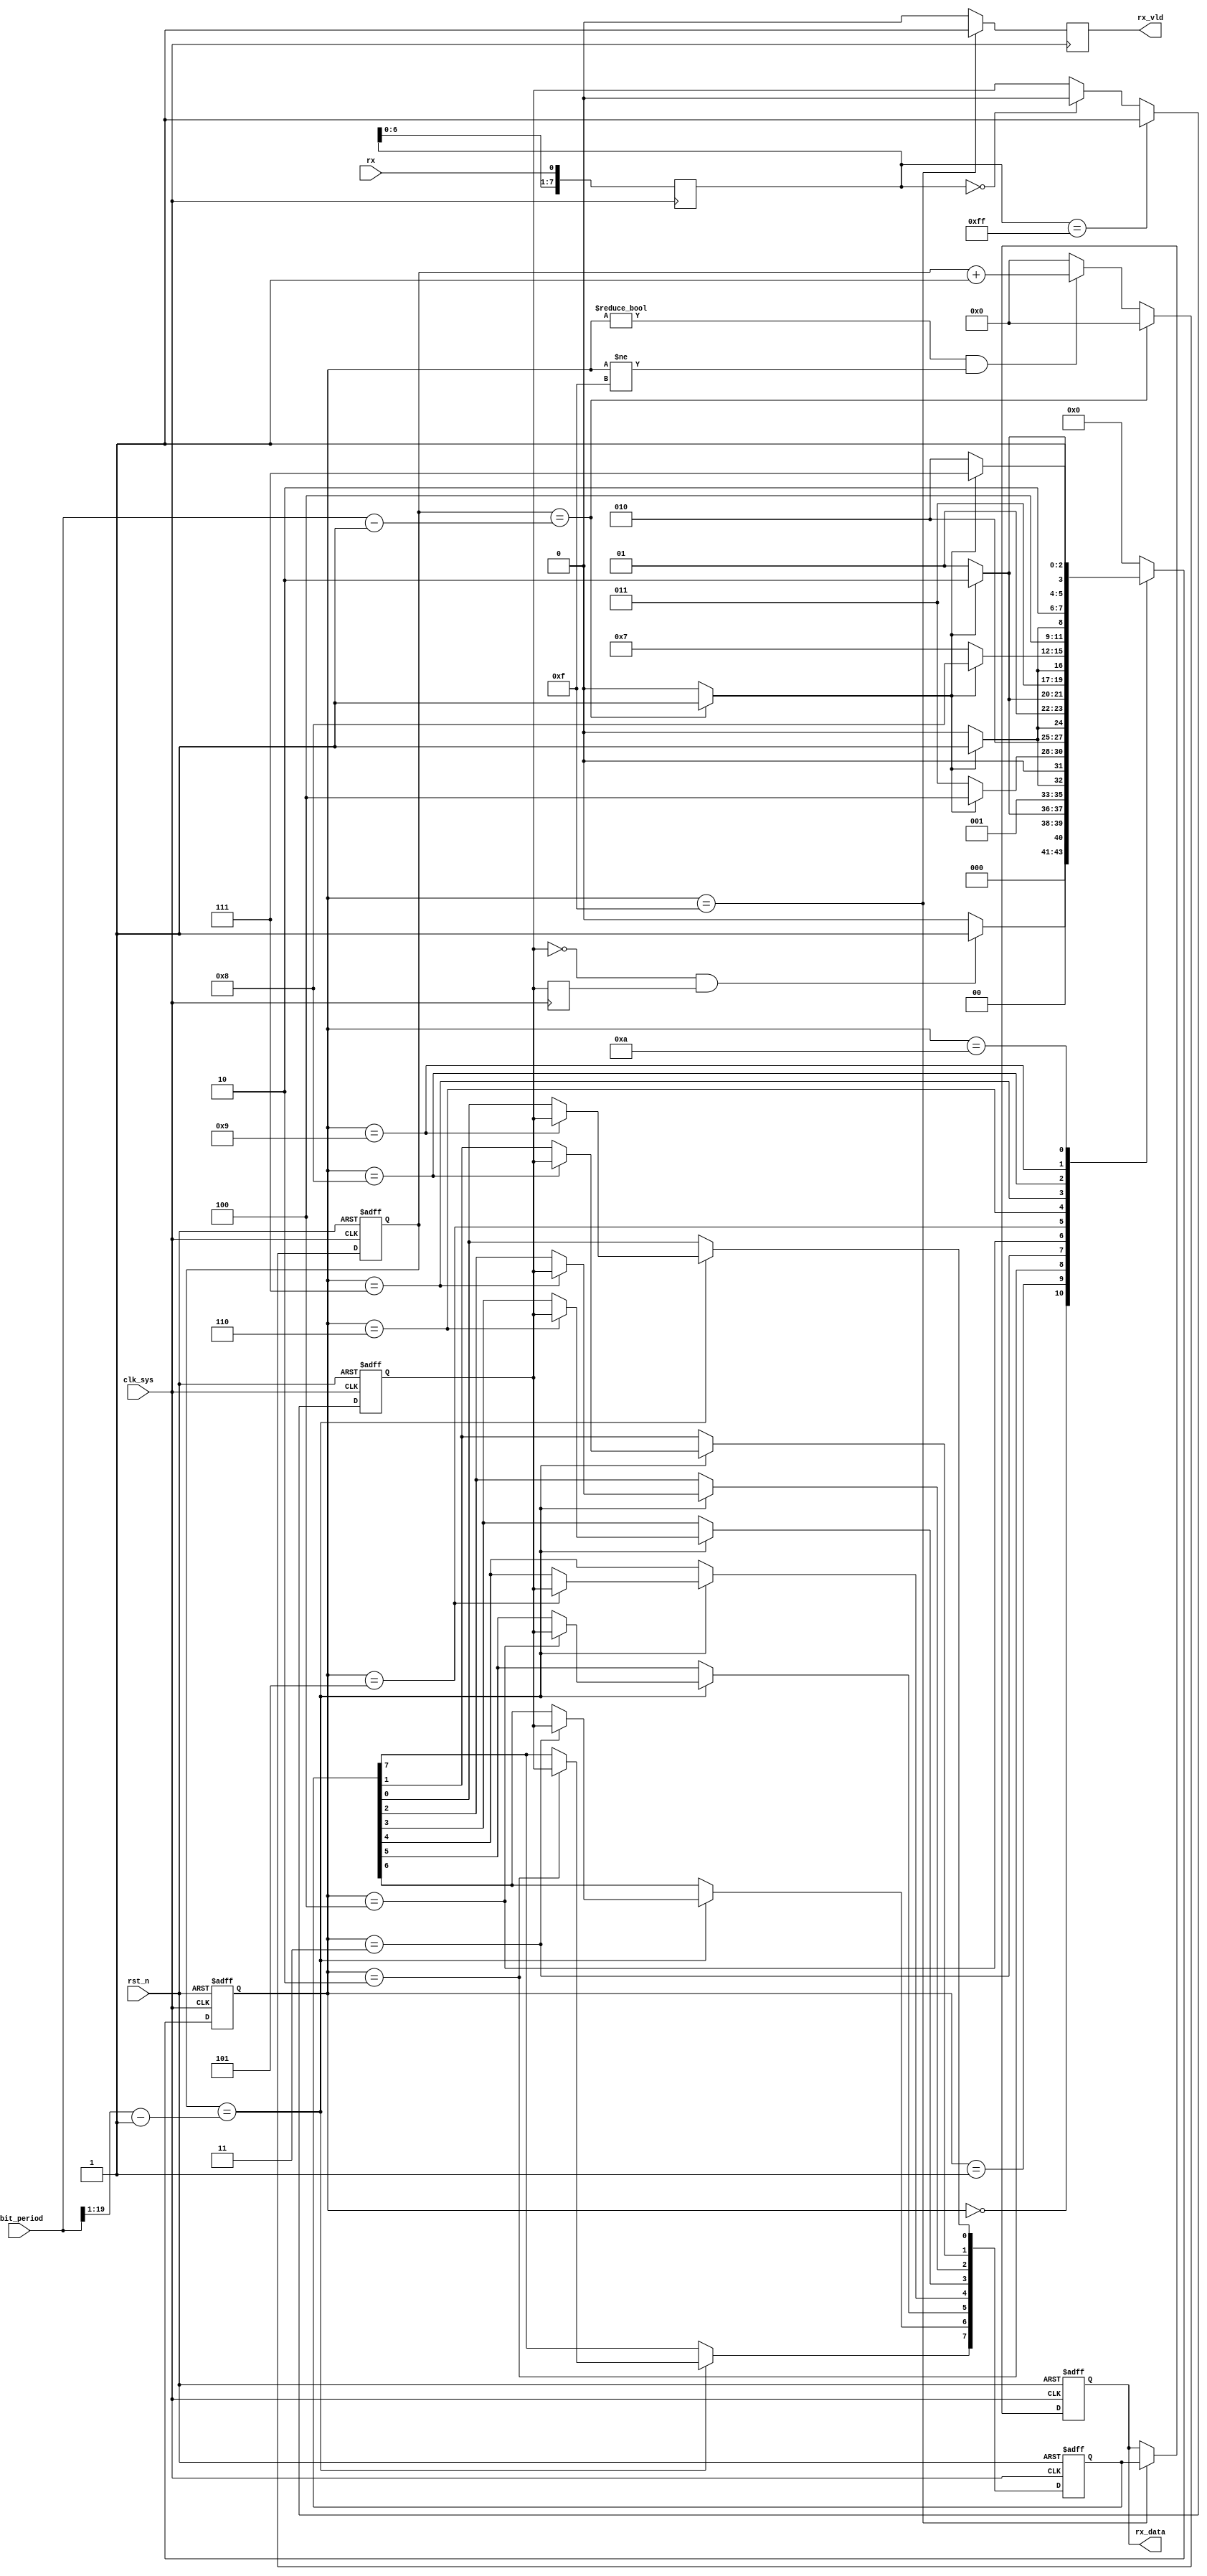
//rx_inf.v

module rx_inf(
rx,
tbit_period,
rx_vld,
rx_data,
//clk rst
clk_sys,
rst_n
);
input 				rx;
input  [19:0]	tbit_period;
output 				rx_vld;
output [7:0]	rx_data;
//clk rst
input clk_sys;
input rst_n;

//----------------------------------
//----------------------------------

//--------- rx prepare ---------
reg [7:0]	rx_reg;
always @ (posedge clk_sys) 
	rx_reg <= {rx_reg[6:0],rx};

reg rx_real;
always @ (posedge clk_sys or negedge rst_n)	begin
	if(~rst_n)
		rx_real <= 1'b1;
	else if(rx_reg == 8'hff)
		rx_real <= 1'b1;
	else if(rx_reg == 8'h0)
		rx_real <= 1'b0;
	else ;
end
reg rx_real_reg;
always @(posedge clk_sys)
	rx_real_reg <= rx_real;


//---------- main FSM ----------
parameter S_IDLE = 4'h0;
parameter S_START = 4'h1;
parameter S_S7 = 4'h2;
parameter S_S6 = 4'h3;
parameter S_S5 = 4'h4;
parameter S_S4 = 4'h5;
parameter S_S3 = 4'h6;
parameter S_S2 = 4'h7;
parameter S_S1 = 4'h8;
parameter S_S0 = 4'h9;
parameter S_STOP = 4'ha;
parameter S_DONE = 4'hf;
reg [3:0] st_rx_phy;
wire rx_falling;
wire finish_bit;
always @ (posedge clk_sys or negedge rst_n)	begin
	if(~rst_n)
		st_rx_phy <= S_IDLE;
	else begin
		case (st_rx_phy)
			S_IDLE : st_rx_phy <= rx_falling ? S_START : S_IDLE;
			S_START: st_rx_phy <= finish_bit ? S_S7 : S_START;
			S_S7	 : st_rx_phy <= finish_bit ? S_S6 : S_S7;
			S_S6	 : st_rx_phy <= finish_bit ? S_S5 : S_S6;
			S_S5	 : st_rx_phy <= finish_bit ? S_S4 : S_S5;
			S_S4	 : st_rx_phy <= finish_bit ? S_S3 : S_S4;
			S_S3	 : st_rx_phy <= finish_bit ? S_S2 : S_S3;
			S_S2	 : st_rx_phy <= finish_bit ? S_S1 : S_S2;
			S_S1	 : st_rx_phy <= finish_bit ? S_S0 : S_S1;
			S_S0	 : st_rx_phy <= finish_bit ? S_STOP : S_S0;
			S_STOP : st_rx_phy <= finish_bit ? S_DONE : S_STOP;
			S_DONE : st_rx_phy <= S_IDLE;
			default : st_rx_phy <= S_IDLE;
		endcase
	end
end
wire send_bit = (st_rx_phy != S_IDLE) & (st_rx_phy != S_DONE);


//--------- FSM finish_bit ----------
assign rx_falling = (~rx_real) & rx_real_reg;

reg [19:0] cnt_cycle;
always @(posedge clk_sys or negedge rst_n)	begin
	if(~rst_n)
		cnt_cycle <= 20'h0;
	else if(cnt_cycle == (tbit_period - 20'h1))
		cnt_cycle <= 20'h0;
	else if(send_bit)
		cnt_cycle <= cnt_cycle + 20'h1;
	else 
		cnt_cycle <= 20'h0;
end
assign finish_bit = (cnt_cycle == (tbit_period - 20'h1)) ? 1'b1 : 1'b0;


//--------- rx data -----------
wire [19:0] point_get = {1'b0,tbit_period[19:1]} - 20'h1;
reg [7:0] rx_data_int;
always @ (posedge clk_sys or negedge rst_n)	begin
	if(~rst_n)
		rx_data_int <= 8'h0;
	else if(cnt_cycle == point_get)	begin
		case(st_rx_phy)
			S_S7 : rx_data_int[7] <= rx_real;
			S_S6 : rx_data_int[6] <= rx_real;
			S_S5 : rx_data_int[5] <= rx_real;
			S_S4 : rx_data_int[4] <= rx_real;
			S_S3 : rx_data_int[3] <= rx_real;
			S_S2 : rx_data_int[2] <= rx_real;
			S_S1 : rx_data_int[1] <= rx_real;
			S_S0 : rx_data_int[0] <= rx_real;			
			default : ;
		endcase
	end
	else ;
end

reg [7:0] rx_data;
reg rx_vld;
always @ (posedge clk_sys)	
	rx_vld <= (st_rx_phy == S_DONE) ? 1'b1 : 1'b0;
	
always @ (posedge clk_sys or negedge rst_n)	begin
	if(~rst_n)
		rx_data <= 8'h0;
	else if(st_rx_phy == S_DONE)
		rx_data <= rx_data_int;
	else ;
end


endmodule